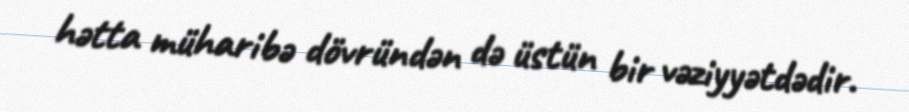
hətta müharibə dövründən də üstün bir vəziyyətdədir.